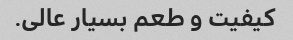
کیفیت و طعم بسیار عالی.